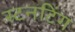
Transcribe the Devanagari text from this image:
स्टनटिंग